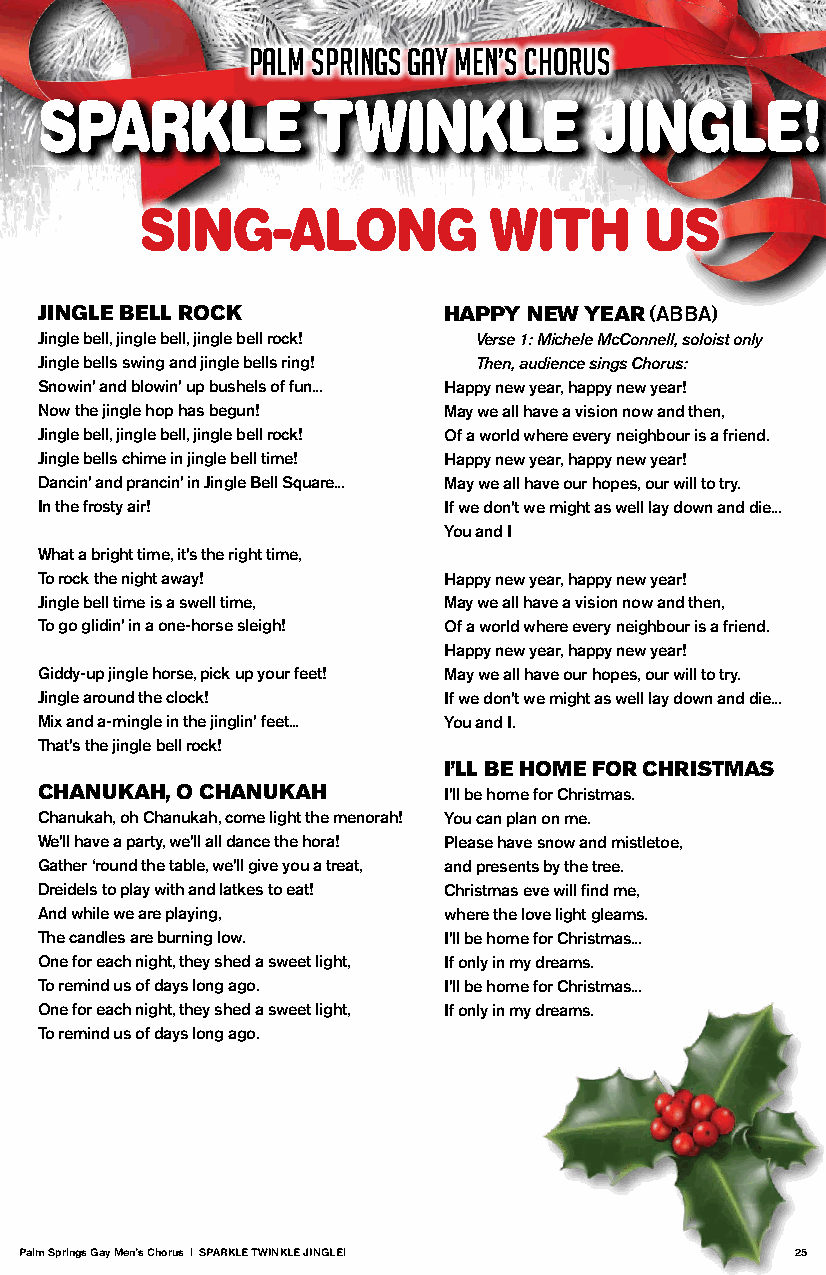
PALM SPRINGS GAY MEN’S CHORUS
 SPARKLE            TWINKLE           JINGLE!
 SING-ALONG             WITH       US
 JINGLE BELL ROCK           HAPPY NEW YEAR (ABBA)
 Jingle bell, jingle bell, jingle bell rock! Verse 1: Michele McConnell, soloist only
 Jingle bells swing and jingle bells ring! Then, audience sings Chorus:
 Snowin’ and blowin’ up bushels of fun... Happy new year, happy new year!
 Now the jingle hop has begun! May we all have a vision now and then,
 Jingle bell, jingle bell, jingle bell rock! Of a world where every neighbour is a friend.
 Jingle bells chime in jingle bell time! Happy new year, happy new year!
 Dancin’ and prancin’ in Jingle Bell Square... May we all have our hopes, our will to try.
 In the frosty air!         If we don’t we might as well lay down and die...
 You and I
 What a bright time, it’s the right time,
 To rock the night away!    Happy new year, happy new year!
 Jingle bell time is a swell time, May we all have a vision now and then,
 To go glidin’ in a one-horse sleigh! Of a world where every neighbour is a friend.
 Happy new year, happy new year!
 Giddy-up jingle horse, pick up your feet! May we all have our hopes, our will to try.
 Jingle around the clock!   If we don’t we might as well lay down and die...
 Mix and a-mingle in the jinglin’ feet... You and I.
 That’s the jingle bell rock!
 I’LL BE HOME FOR CHRISTMAS
 CHANUKAH, O CHANUKAH       I’ll be home for Christmas.
 Chanukah, oh Chanukah, come light the menorah! You can plan on me.
 We’ll have a party, we’ll all dance the hora! Please have snow and mistletoe,
 Gather ‘round the table, we’ll give you a treat, and presents by the tree.
 Dreidels to play with and latkes to eat! Christmas eve will find me,
 And while we are playing,  where the love light gleams.
 The candles are burning low. I’ll be home for Christmas...
 One for each night, they shed a sweet light, If only in my dreams.
 To remind us of days long ago. I’ll be home for Christmas...
 One for each night, they shed a sweet light, If only in my dreams.
 To remind us of days long ago.
 Palm Springs Gay Men’s Chorus | SPARKLE TWINKLE JINGLE! 25